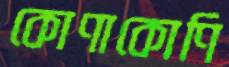
কোণাকোণি